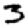
Digit: 3